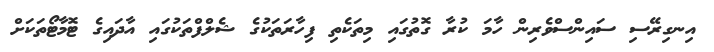
އިނގިރޭސި ސައިންސްވެރިން ހާމަ ކުރާ ގޮތުގައި މިތަކެތި ފިހާރަތަކުގެ ޝެލްފްތަކުގައި އާދައިގެ ޓޮމާޓޯތަކަށް